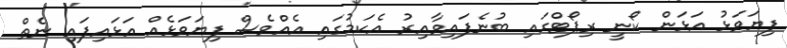
ފިޔަވަޅު އަޅަން ކޯނީ ރިޕޯޓްގައި ބުނެފައިވާއިރު އެކަމުގައި އެއްވެސް ފިޔަވަޅެއް އަޅައިފައި ނެތް